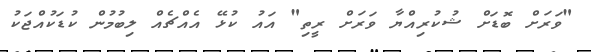
"ވަރަށް ބޮޑަށް ޝުކުރިއްޔާ ވަރަށް ރީތި" އައު ކުޅޭ އެއްޗެއް ލިބުމުން ކުޑަކުއްޖަކު